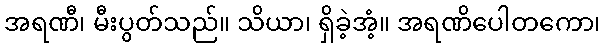
အရဏီ၊ မီးပွတ်သည်။ သိယာ၊ ရှိခဲ့အံ့။ အရဏိပေါတကော၊